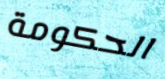
الحكومة